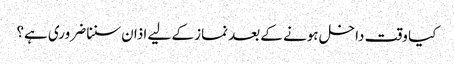
کیا وقت داخل ہونے کے بعد نماز کے لیے اذان سننا ضروری ہے؟